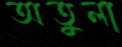
অতুলা